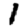
Digit: 1